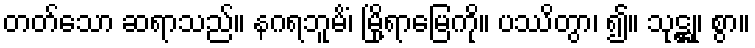
တတ်သော ဆရာသည်။ နဂရဘူမိံ၊ မြို့ရာမြေကို။ ပဿိတွာ၊ ၍။ သုဋ္ဌု၊ စွာ။